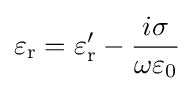
\varepsilon _{\text{r}}=\varepsilon _{\text{r}}'-{\frac {i\sigma }{\omega \varepsilon _{0}}}